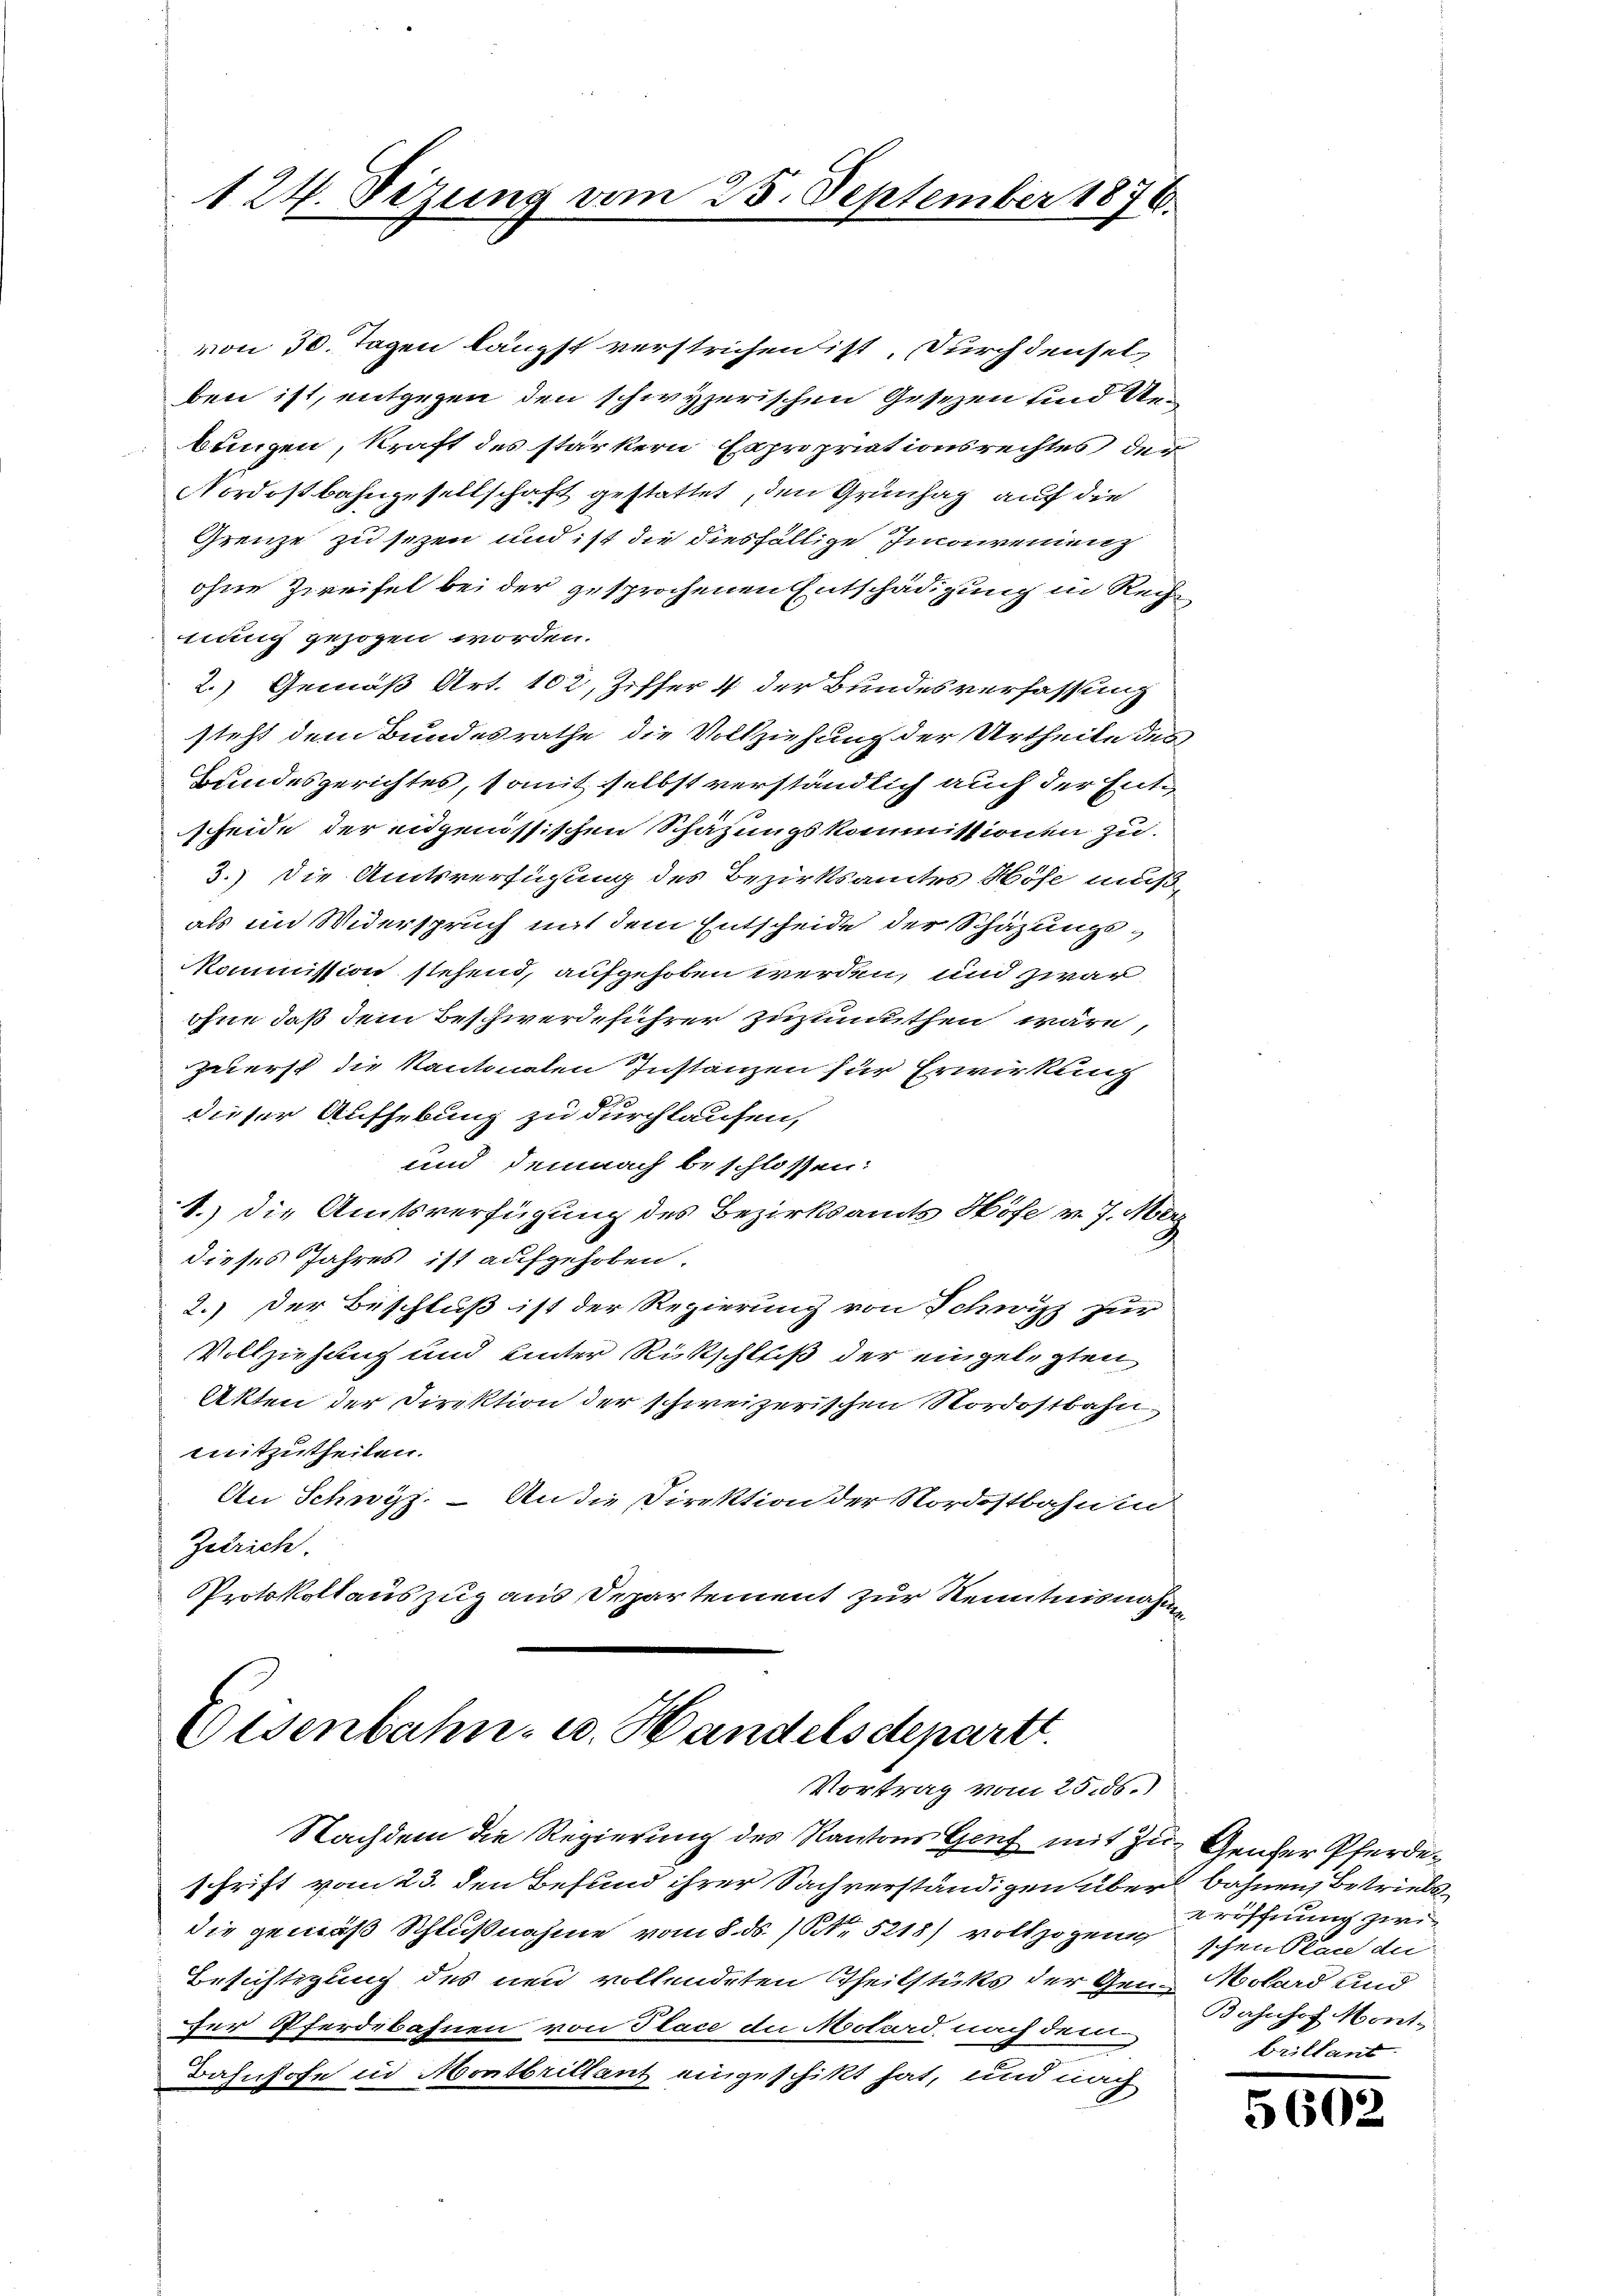
124. Sizung von

25. September 1876.

von 30. Tagen längst verstrichen ist, durch denselben ist, entgegen den schwyzerischen Gesezen und Uebungen, kraft des stärkern Expropriationsrechtes der
Nordostbahngesellschaft gestattet, den Grünhag auf die
Grenze zu sezen und ist die diesfällige Inconvenienz
ohne Zweifel bei der gesprochenen Entschädigung in Rech
nung gezogen worden.
2.) Gemäß Art. 102, Ziffer 4 der Bundesverfassung
steht dem Bundesrathe die Vollziehung der Urtheile des
Bundesgerichtes, somit selbst verständlich auch der Entscheide der eidgenössischen Schäzungskommissionen zu.
3.) Die Amtsverfügung des Bezirksamtes Höse muß
als im Widerspruch mit dem Entscheide der Schäzungskommission stehend, aufgehoben werden, und zwar
ohne daß dem Beschwerdeführer zuzumuthen wäre,
zuerst die Kantonalen Instanzen für Erwirkung
e
dieser Aufhebung zu durchlaufen,
und demnach beschlossen:
1.) Die Amtsverfügung des Bezirksamts Höfe v. 7. März
dieses Jahres ist aufgehoben.
2.) Der Beschluß ist der Regierung von Schwitz für
Vollziehung und einter Rückschluß der eingelegten
Akten der Direktion der schweizerischen Nordostbahn
mitzutheilen.
An Schwyz. – An die Direktion der Nordostbahnen
Zürich.
Protokollauszug aus Departement zur Kenntnisnahme

Eisenbahn- u. Handelsdepartt.
Vortrag vom 25. 85.)

Nachdem die Regierung des Kantons Genf mit zu Gener Pferdeschrift vom 23. den Befund ihrer Sachverständigen über bahnen Betriebs
1
die gemäß Schlußnahme vom 8. ds. / NNo. 5218) vollzogene
Besichtigung des neu vollendeten Theilstüks der Gen. Molard und
für Pferdebahnen von Place de Molard nach dem
Bahnhofe in Montbrillant eingeschikt hat, und nach

eröffnung zwischen Plane der
Bahnhof Mont.
Brillant

560